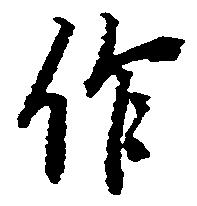
作